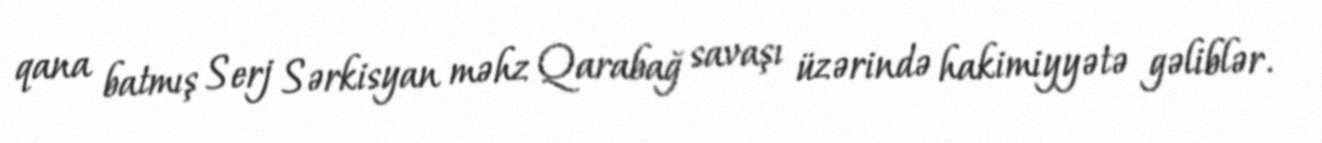
qana batmış Serj Sərkisyan məhz Qarabağ savaşı üzərində hakimiyyətə gəliblər.